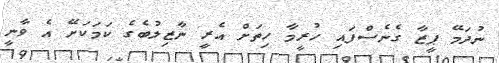
ނުދަމޭ ޕީޒާ ގެނެސްފައި ހުރީމާ ހިތަށް އެރީ ނާޒިލުބެގެ ކަމަކަށޭ އެ ވާނީ